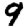
Digit: 9